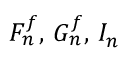
F _ { n } ^ { f } , \, G _ { n } ^ { f } , \, I _ { n }